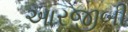
આરજીબી